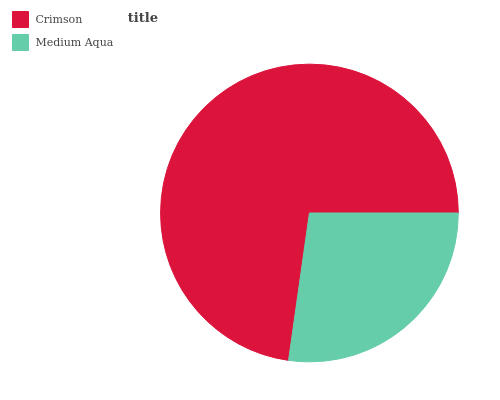
| Crimson | Medium Aqua |
 | --- | --- |
 | 72.8% | 27.2% |